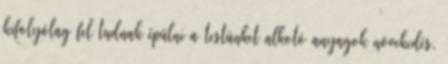
kifolyólag fel tudnak épülni a testünket alkotó anyagok növekedés,